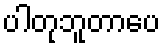
ပါတုဘူတာပေ